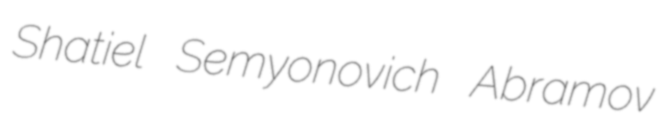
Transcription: Shatiel Semyonovich Abramov